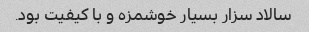
سالاد سزار بسیار خوشمزه و با کیفیت بود.